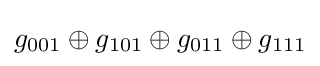
g_{001}\oplus g_{101}\oplus g_{011}\oplus g_{111}